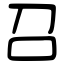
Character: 召